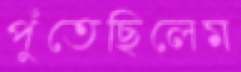
পুঁতেছিলেম